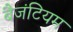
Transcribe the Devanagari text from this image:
बैजंटियम